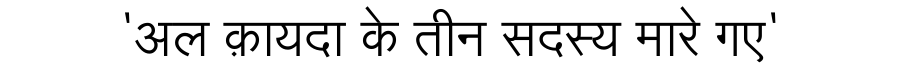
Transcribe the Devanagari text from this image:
'अल क़ायदा के तीन सदस्य मारे गए'